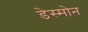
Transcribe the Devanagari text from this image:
डेस्मोन